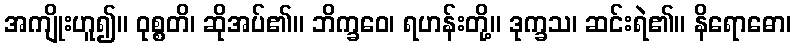
အကျိုးဟူ၍။ ဝုစ္စတိ၊ ဆိုအပ်၏။ ဘိက္ခဝေ၊ ရဟန်းတို့။ ဒုက္ခသ၊ ဆင်းရဲ၏။ နိရောဓော၊